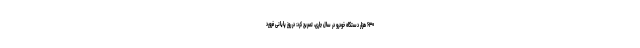
۶۳۰ هزار دستگاه خودرو در سال جاری، تصریح کرد: در روز پایانی فرورد